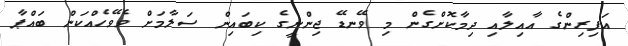
އަފިރިންގެ އާއިލާއި ދިމާކޮށްގެން މި ވޭނޑޭ ޖިންނީގެ ކިބައިން ސަލާމަށް ވެވޭހެއްކަން ބައްޕާ